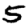
Digit: 5